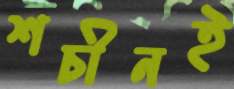
শচীনই